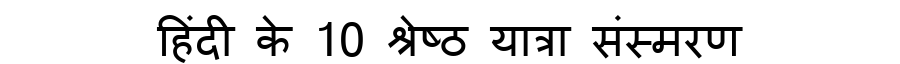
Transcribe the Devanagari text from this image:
हिंदी के 10 श्रेष्ठ यात्रा संस्मरण